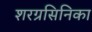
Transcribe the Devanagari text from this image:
शरग्रसिनिका